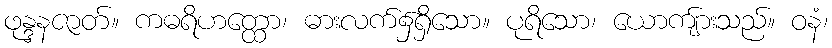
ဖုန္ဒနဇာတ်။ ကဓရိဟတ္ထော၊ ဓားလက်၌ရှိသော။ ပုရိသော၊ ယောကျ်ားသည်။ ဝနံ၊